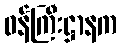
ဝန်ကြီးဋ္ဌာနက